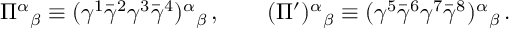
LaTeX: \Pi ^ { \alpha } { } _ { \beta } \equiv ( \gamma ^ { 1 } \bar { \gamma } ^ { 2 } \gamma ^ { 3 } \bar { \gamma } ^ { 4 } ) ^ { \alpha } { } _ { \beta } \, , \qquad ( \Pi ^ { \prime } ) ^ { \alpha } { } _ { \beta } \equiv ( \gamma ^ { 5 } \bar { \gamma } ^ { 6 } \gamma ^ { 7 } \bar { \gamma } ^ { 8 } ) ^ { \alpha } { } _ { \beta } \, .